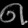
Digit: ၈